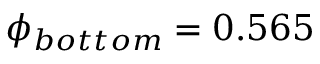
\phi _ { b o t t o m } = 0 . 5 6 5